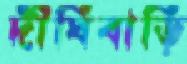
দীঘিবাড়ি